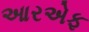
આરએફ